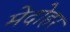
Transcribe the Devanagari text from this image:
मेदोहर